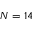
N = 1 4